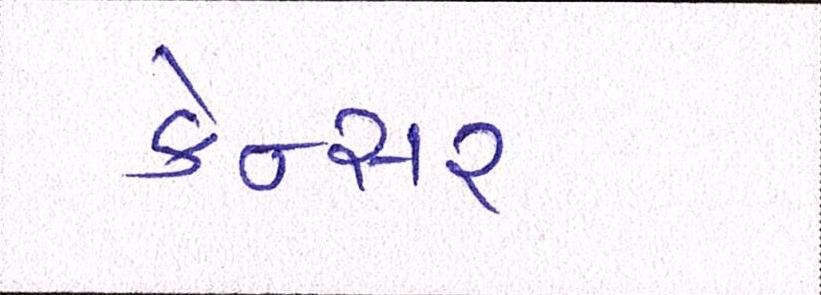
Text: કેન્સર